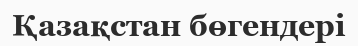
Қазақстан бөгендері